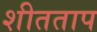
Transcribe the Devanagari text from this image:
शीतताप